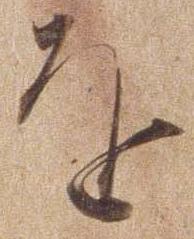
を